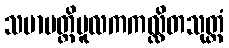
သမာပတ္တိမူလကကလ္လိတသုတ္တံ